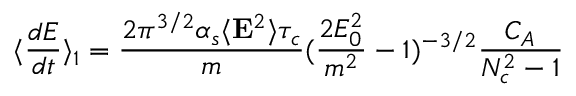
\langle { \frac { d { \cal { E } } } { d t } } \rangle _ { 1 } = { \frac { 2 \pi ^ { 3 / 2 } \alpha _ { s } \langle { \bf E } ^ { 2 } \rangle \tau _ { c } } { m } } ( { \frac { 2 E _ { 0 } ^ { 2 } } { m ^ { 2 } } } - 1 ) ^ { - 3 / 2 } { \frac { C _ { A } } { N _ { c } ^ { 2 } - 1 } }